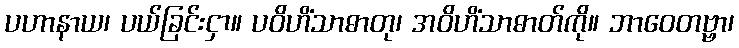
ပဟာနာယ၊ ပယ်ခြင်းငှာ။ ပဝိဟိံသာဓာတု၊ အဝိဟိံသာဓာတ်ကို။ ဘာဝေတဗ္ဗာ၊